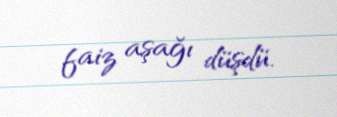
faiz aşağı düşdü.